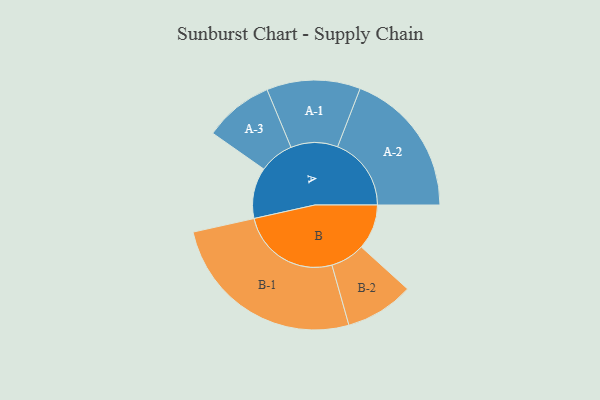
{"axis": {"x": "Segment", "y": "Value"}, "legend": ["", "A", "B"], "data": [{"x": "A", "y": 150, "type": ""}, {"x": "B", "y": 133, "type": ""}, {"x": "A-1", "y": 138, "type": "A"}, {"x": "A-2", "y": 217, "type": "A"}, {"x": "A-3", "y": 102, "type": "A"}, {"x": "B-1", "y": 294, "type": "B"}, {"x": "B-2", "y": 101, "type": "B"}]}